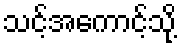
သင့်အကောင့်သို့